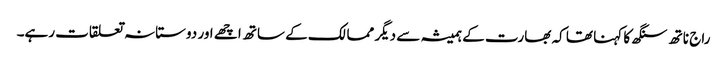
راج ناتھ سنگھ کا کہنا تھا کہ بھارت کے ہمیشہ سے دیگر ممالک کے ساتھ اچھے اور دوستانہ تعلقات رہے۔